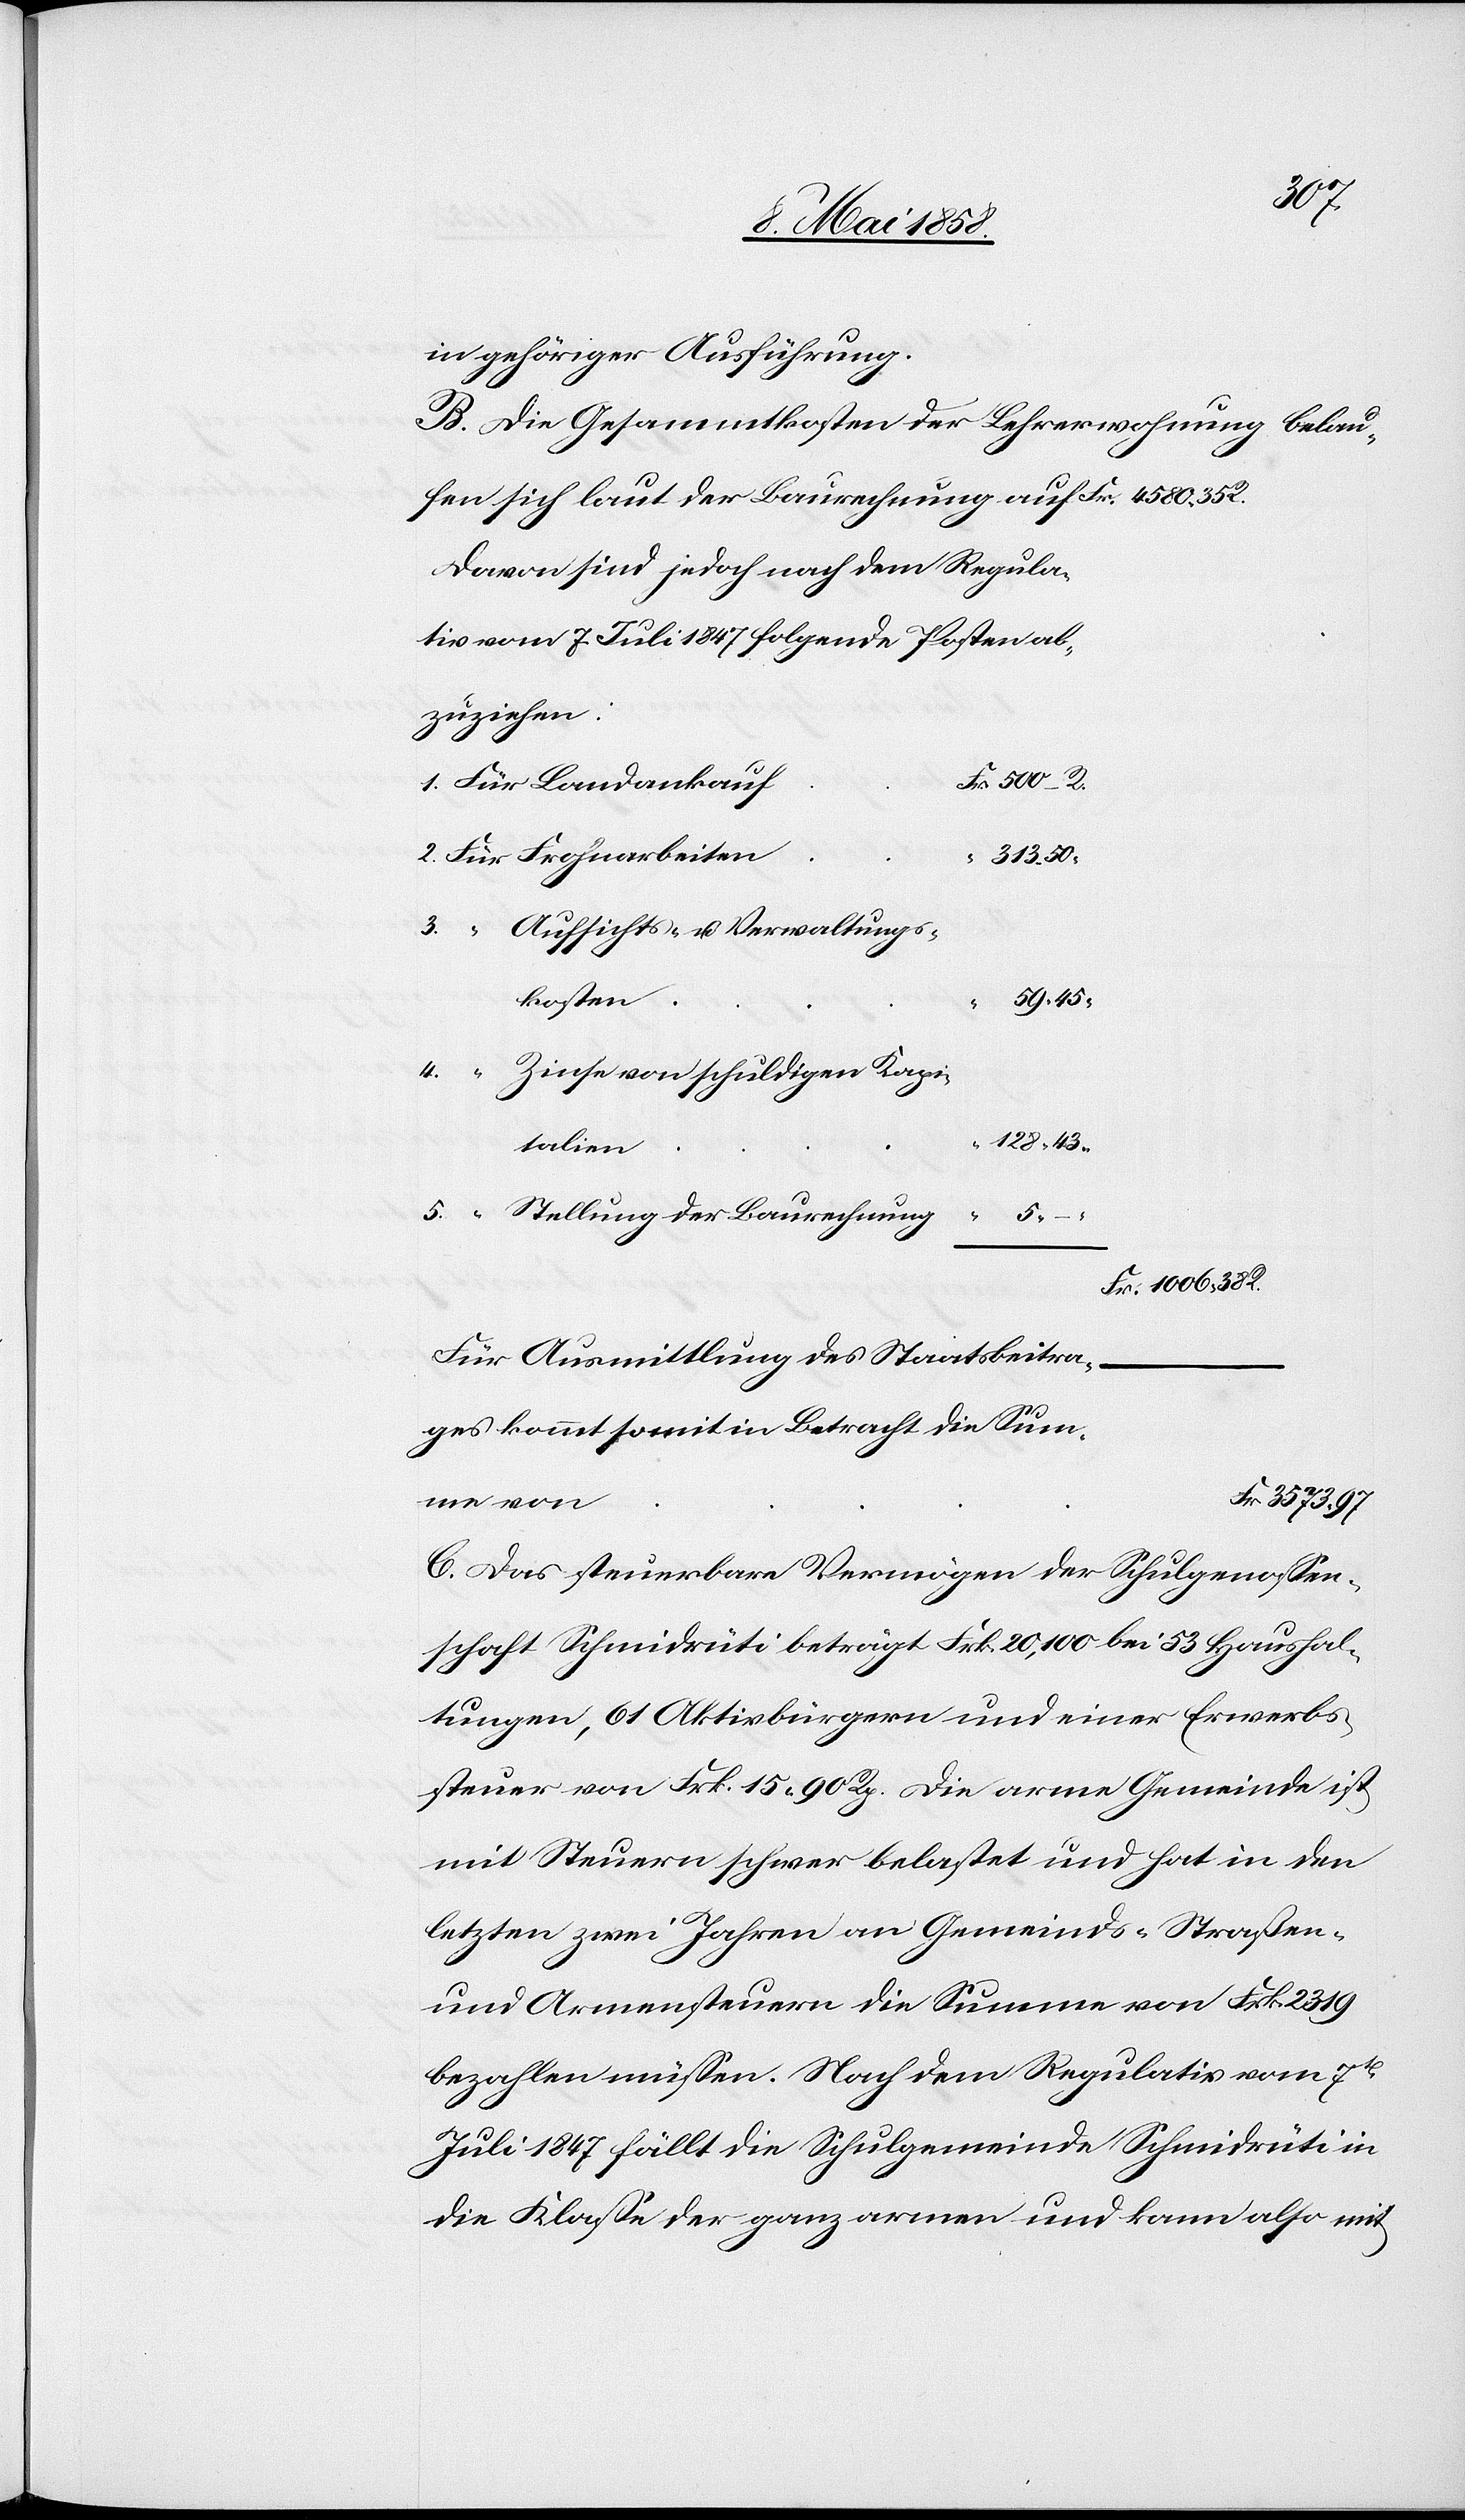
3573
in gehöriger Ausführung.
B. Die Gesammtkosten der Lehrerwohnung belau¬
Davon sind jedoch nach dem Regula¬
tiv vom 7. Juli 1847 folgende Posten ab¬
zuziehen:
313
Aufsichts- u. Verwaltungs¬
kosten
5.
Zinse von schuldigen Kapi¬
talien
Stellung der Baurechnung
Fr.
Für Ausmittlung des Staatsbeitra¬
ges kommt somit in Betracht die Sum¬
me von
C. Das steuerbare Vermögen der Schulgenossen¬
schaft Schmidrüti beträgt Frk. 20,100 bei 53 Haushal¬
tungen, 61 Aktivbürgern und einer Erwerbs¬
steuer von Frk. 15 90 Rp. Die arme Gemeinde ist
mit Steuern schwer belastet und hat in den
letzten zwei Jahren an Gemeinds-[,] Straßen-
und Armensteuern die Stumme von Frk. 2319
bezahlen müssen. Nach dem Regulativ vom 7t[en]
Juli 1847 fällt die Schulgemeinde Schmidrüti in
die Klasse der ganz armen und kann also mit